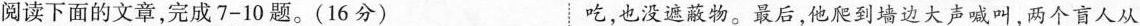
阅读下面的文章，完成7-10题。(16分) 吃，也没遮蔽物。最后，他爬到墙边大声喊叫，两个盲人从